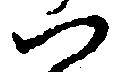
つ